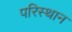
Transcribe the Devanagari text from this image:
परिस्थान